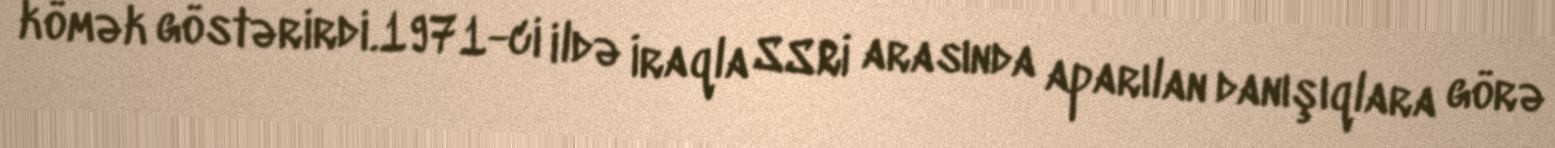
kömək göstərirdi.1971-ci ildə İraqla SSRİ arasında aparılan danışıqlara görə